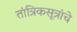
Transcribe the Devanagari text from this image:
तांत्रिकसूत्रांचे